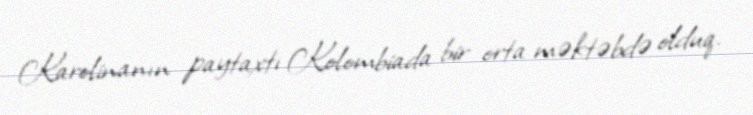
Karolinanın paytaxtı Kolombiada bir orta məktəbdə olduq.